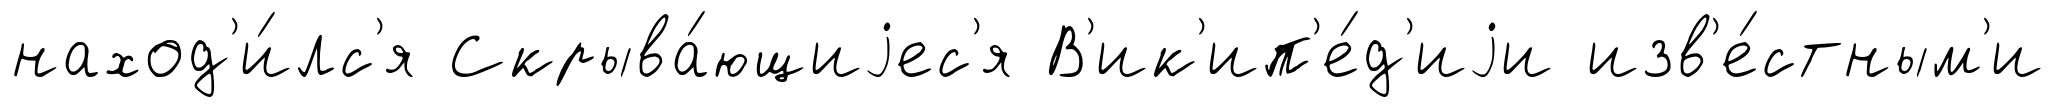
наход'и́лс'я Скрыва́ющиjес'я В'ик'ип'е́д'иjи изв'е́стным'и